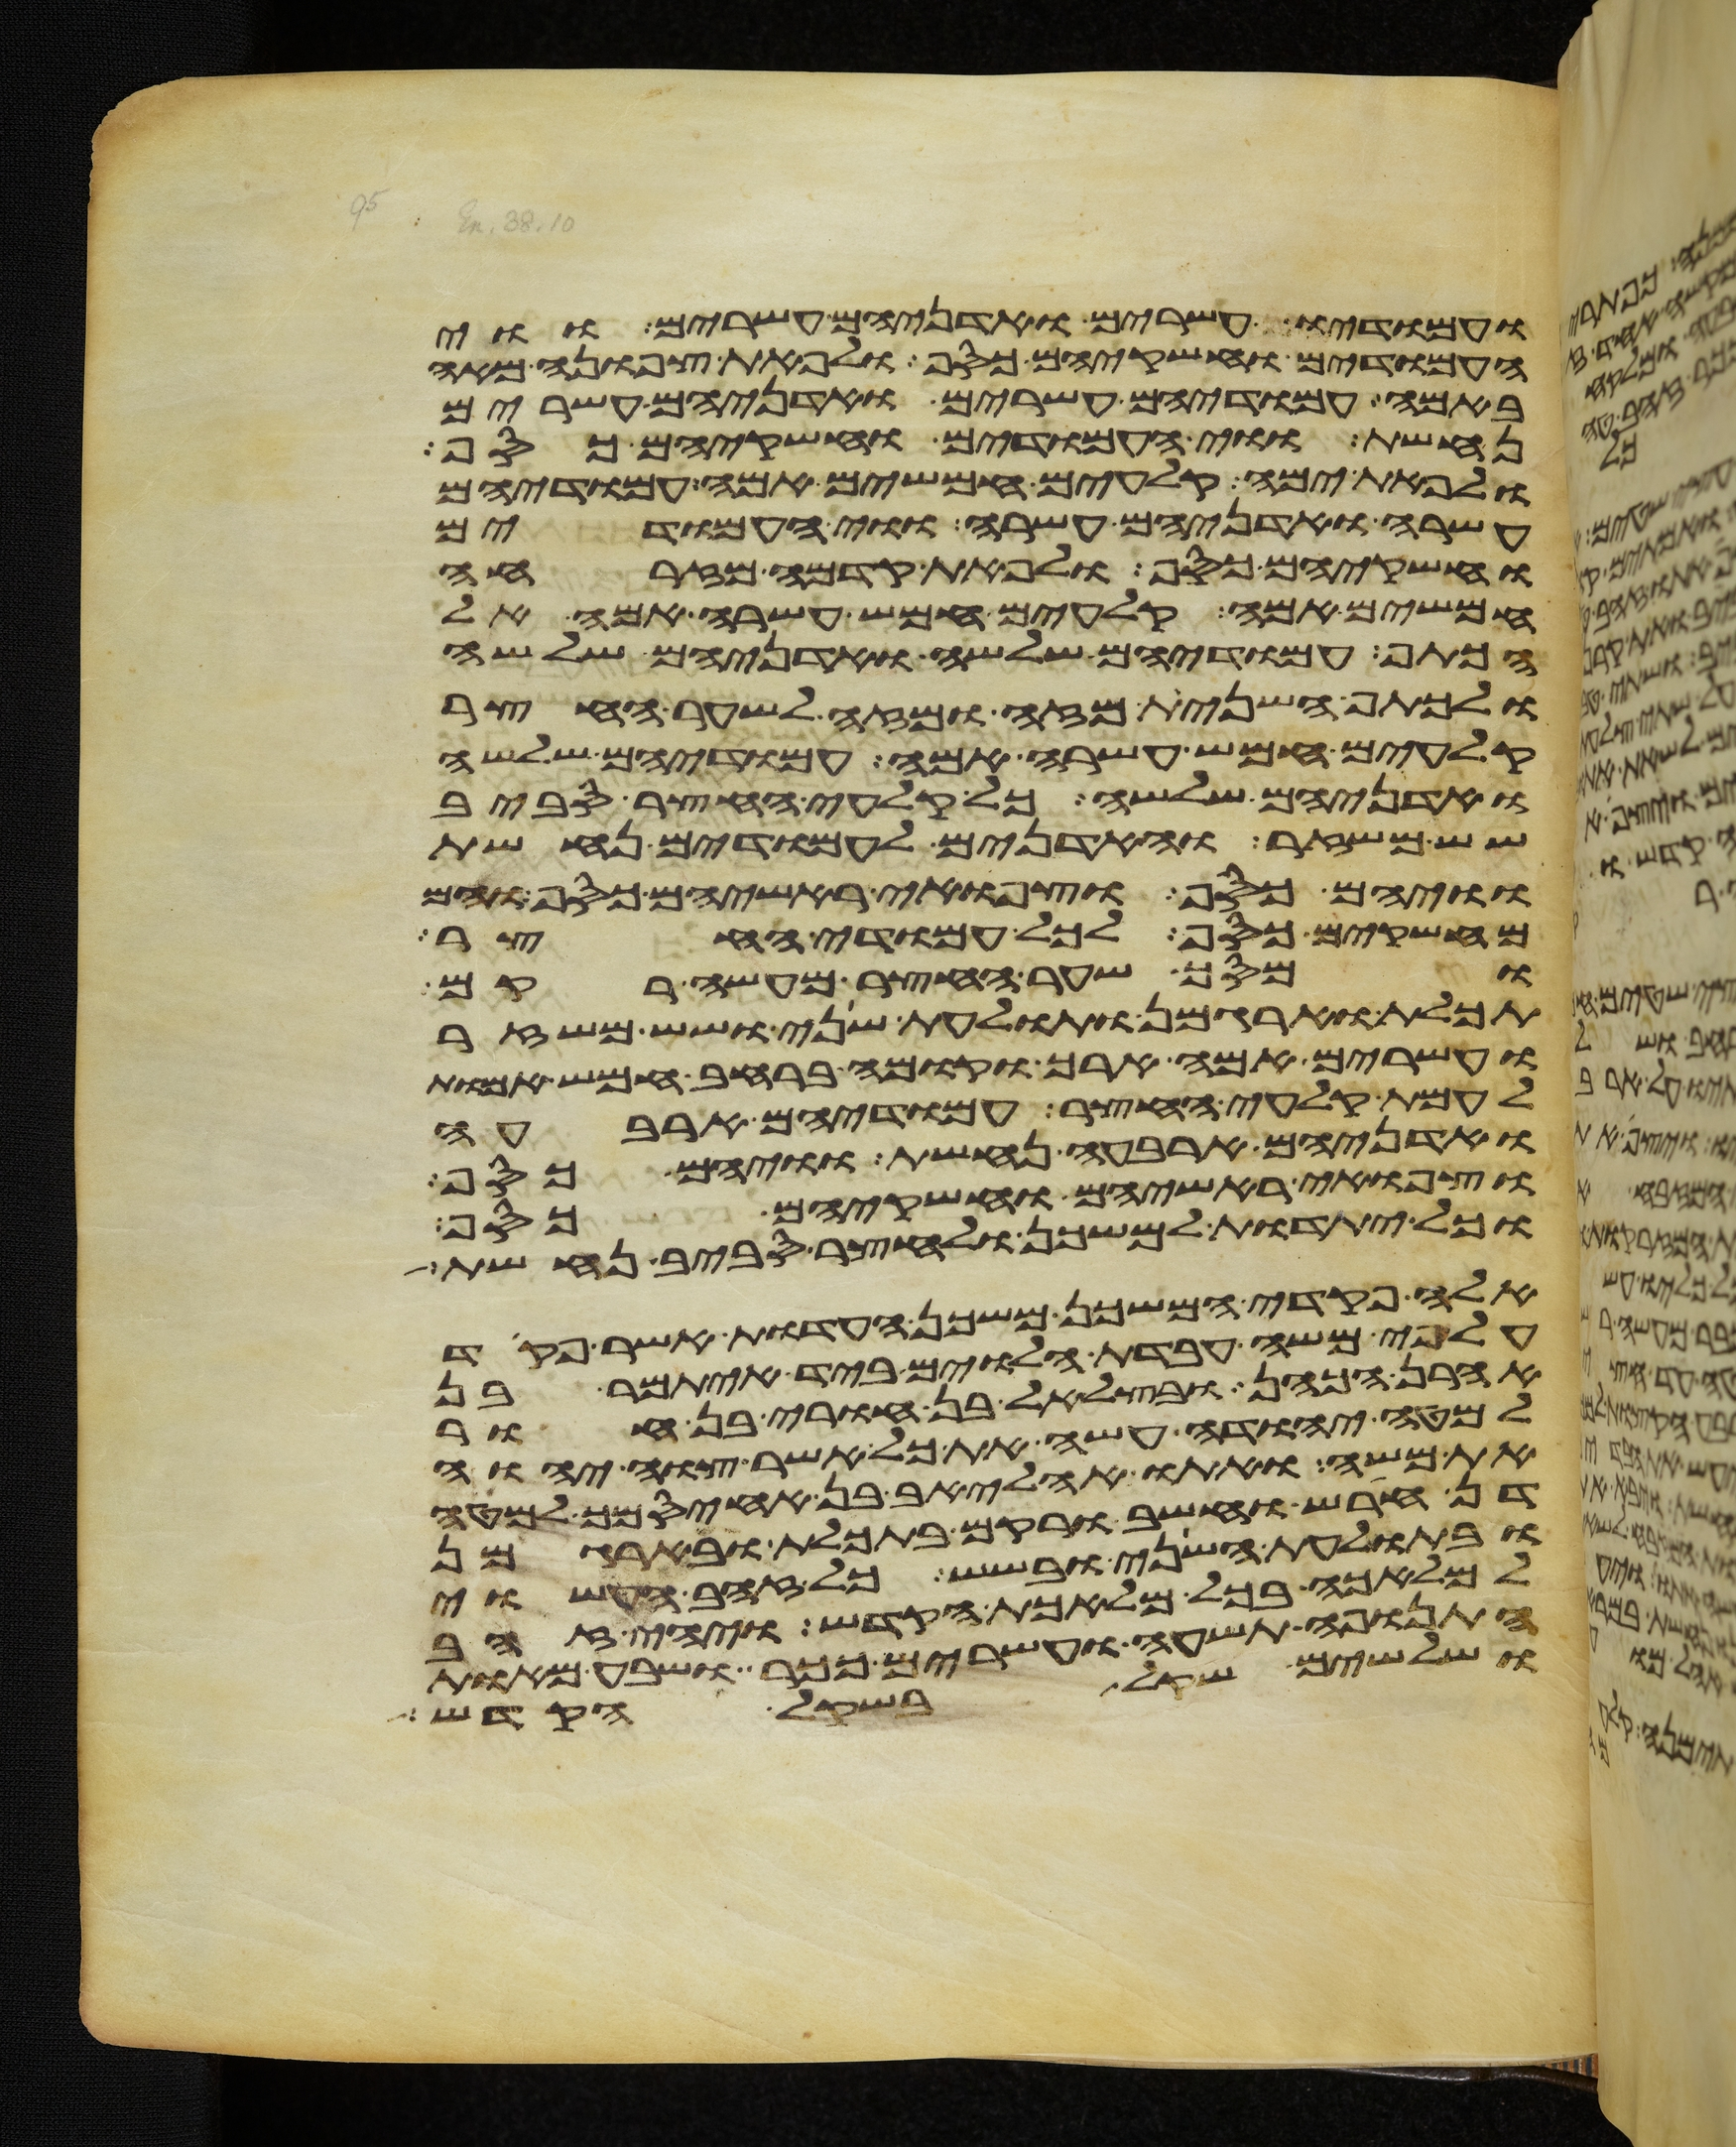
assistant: ועמודיו עשרים ואדניהם עשרים ווי
העמודים וחשקיהם כסף ולפאת צפונה מאה
באמה עמודיהם עשרים ואדניהם עשרים
נחשת ווי העמודים וחשקיהם כסף
ולפאת ימה קלעים חמשים אמה עמודיהם
עשרה ואדניהם עשרה ווי העמודים
וחשקיהם כסף ולפאת קדמה מזרחה
חמשים אמה קלעים חמש עשרה אמה אל
הכתף עמודיהם שלשה ואדניהם שלשה
ולכתף השנית מזה ומזה לשער החצר
קלעים חמש עשרה אמה עמודיהם שלשה
ואדניהם שלשה כל קלעי החצר סביב
שש משזר והאדנים לעמודים נחשת
וויהם כסף וצפוי ראשיהם כסף והם
מחשקים כסף לכל עמודי החצר
ומסך שער החצר מעשה רקם
תכלת וארגמן ותולעת שני ושש משזר
ועשרים אמה ארך וקומה ברחב חמש אמות
לעמת קלעי החצר עמודיהם ארבעה
ואדניהם ארבעה נחשת וויהם כסף
וצפוי ראשיהם וחשקיהם כסף
וכל יתדות למשכן ולחצר סביב נחשת
אלה פקדי המשכן משכן העדות אשר פקד
על פי משה עבדת הלוים ביד איתמר בן
אהרן הכהן ובצלאל בן אורי בן חור
למטה יהודה עשה את כל אשר צוה יהוה
את משה ואתו אהליאב בן אחיסמך למטה
דן חרש וחשב ורקם בתכלת ובארגמן
ובתולעת השני ובשש כל זהב העשוי
למלאכה בכל מלאכת הקדש ויהי זהב
התנופה תשע ועשרים ככר ושבע מאות
ושלשים שקל בשקל הקדש